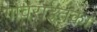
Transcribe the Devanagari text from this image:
गोवराइतका